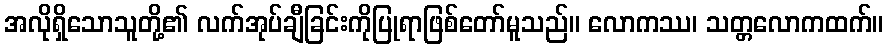
အလိုရှိသောသူတို့၏ လက်အုပ်ချီခြင်းကိုပြုရာဖြစ်တော်မူသည်။ လောကဿ၊ သတ္တလောကထက်။